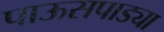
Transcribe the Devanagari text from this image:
पाऊसपाड्या